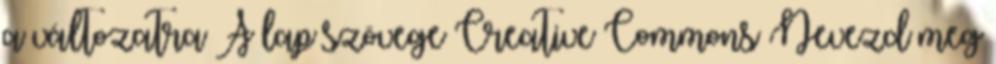
a változatra A lap szövege Creative Commons Nevezd meg